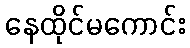
နေထိုင်မကောင်း